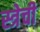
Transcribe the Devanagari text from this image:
स्त्रेची